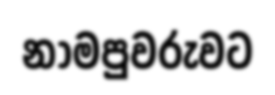
නාමපුවරුවට